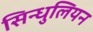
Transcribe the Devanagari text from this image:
सिन्धुलियन